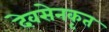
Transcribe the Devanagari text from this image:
देवसेनकृत